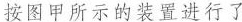
按图甲所示的装置进行了